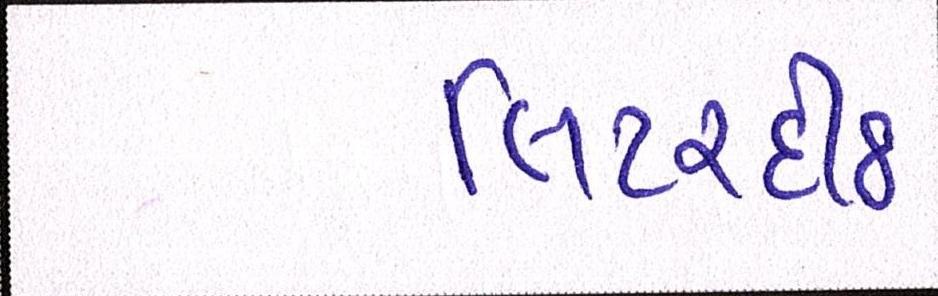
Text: લિટરદીઠ